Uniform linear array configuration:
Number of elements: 48
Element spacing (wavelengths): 0.75
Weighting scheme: binomial
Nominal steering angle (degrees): -60
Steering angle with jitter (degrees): -59.525
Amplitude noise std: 0.05
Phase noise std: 0.05

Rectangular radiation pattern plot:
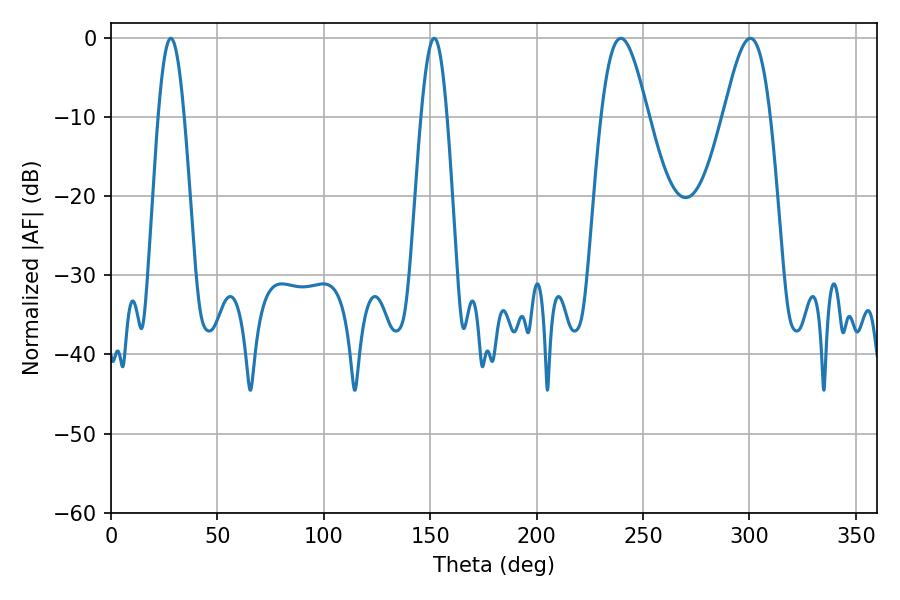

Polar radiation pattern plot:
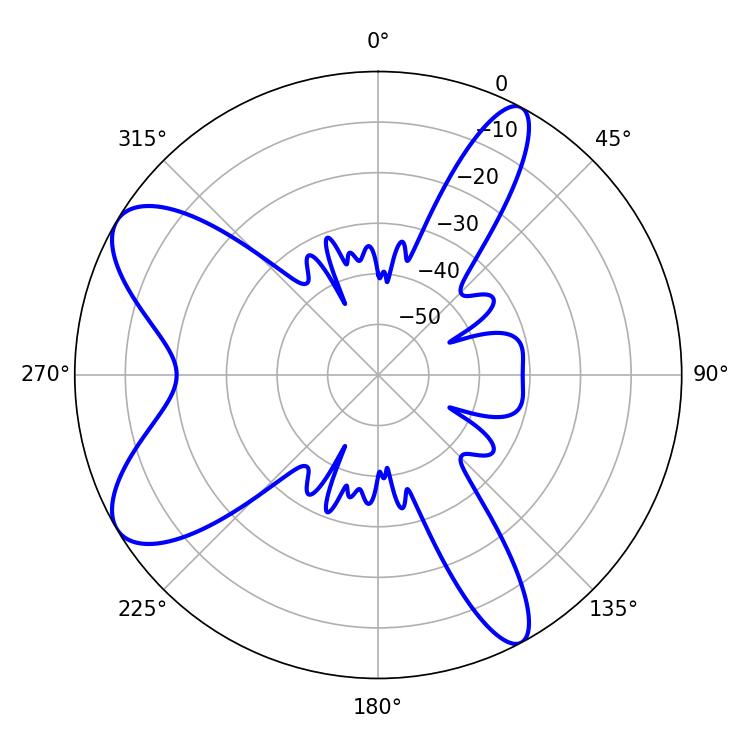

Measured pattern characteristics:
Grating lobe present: TRUE
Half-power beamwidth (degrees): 11.88
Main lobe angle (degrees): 239.58